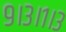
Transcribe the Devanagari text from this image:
९।३।१।३